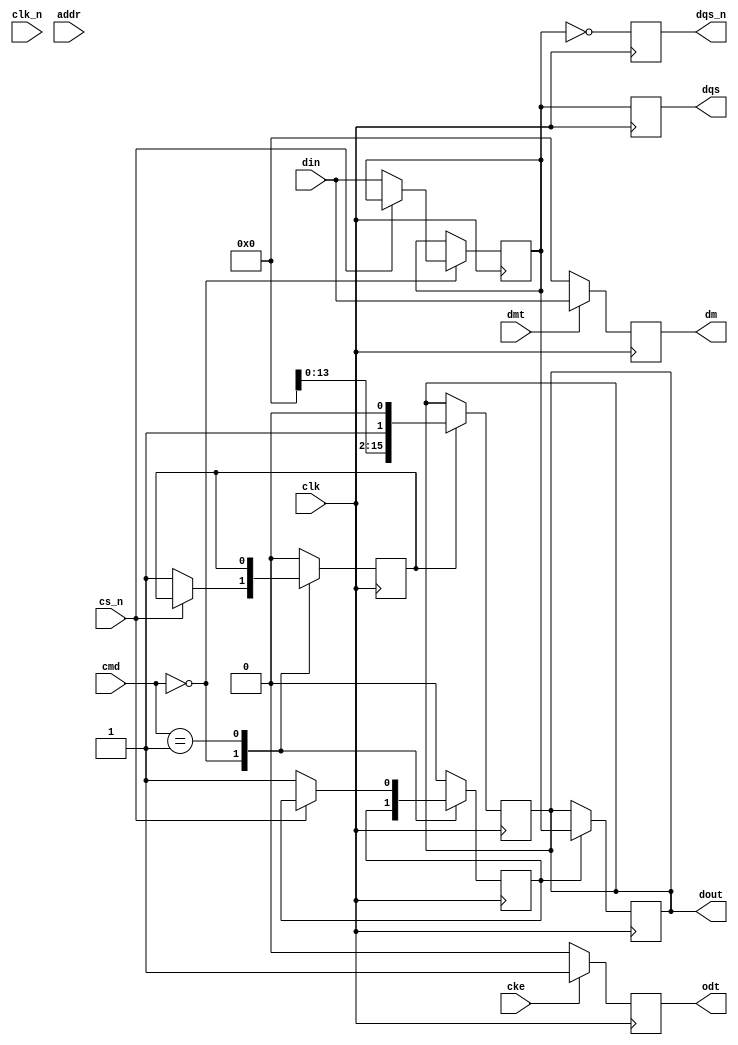
module ddr3_io_block (
    input wire clk,                // DDR3 clock input
    input wire clk_n,              // DDR3 clock inverted input
    input wire cke,                // Clock enable
    input wire cs_n,               // Chip select (active low)
    input wire [15:0] din,         // Data input (16 bits)
    output reg [15:0] dout,        // Data output (16 bits)
    input wire [13:0] addr,        // Address input
    input wire [2:0] cmd,          // Command input (READ, WRITE, PRECHARGE)
    input wire dmt,                // Data mask input
    output reg odt,                // On-die termination
    output reg [15:0] dqs,         // Data strobe output
    output reg [15:0] dqs_n,       // Inverted data strobe output
    output reg [15:0] dm           // Data mask output
);

    // Internal signals
    reg [15:0] data_buffer;
    reg [15:0] data_out_buffer;
    reg write_enable;
    reg read_enable;

    // Write leveling logic (simplified)
    reg [3:0] write_delay;
    always @(posedge clk) begin
        if (write_enable) begin
            // Adjust data output based on write delay
            dout <= data_out_buffer;
        end
    end

    // Command processing
    always @(posedge clk) begin
        case (cmd)
            3'b000: begin // WRITE
                if (!cs_n) begin
                    data_buffer <= din;
                    write_enable <= 1;
                end
            end
            3'b001: begin // READ
                if (!cs_n) begin
                    read_enable <= 1;
                end
            end
            3'b010: begin // PRECHARGE
                // Handle precharge logic
                write_enable <= 0;
                read_enable <= 0;
            end
            default: begin
                write_enable <= 0;
                read_enable <= 0;
            end
        endcase
    end

    // Data output logic
    always @(negedge clk) begin
        if (read_enable) begin
            dout <= data_buffer; // Simulate reading data
        end
    end

    // Data mask logic
    always @(posedge clk) begin
        if (dmt) begin
            dm <= din; // Apply data mask
        end else begin
            dm <= 16'b0; // No mask
        end
    end

    // ODT control
    always @(posedge clk) begin
        if (cke) begin
            odt <= 1; // Enable ODT
        end else begin
            odt <= 0; // Disable ODT
        end
    end

    // DQS and DQS# generation
    always @(posedge clk) begin
        dqs <= data_buffer; // Simulate DQS output
        dqs_n <= ~data_buffer; // Simulate DQS# output
    end

endmodule